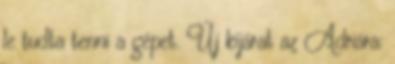
le tudta tenni a gépet. Új kijárat az Adriára: